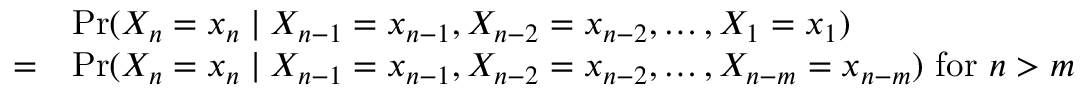
{ \begin{array} { r l } { } & { \operatorname* { P r } ( X _ { n } = x _ { n } \mid X _ { n - 1 } = x _ { n - 1 } , X _ { n - 2 } = x _ { n - 2 } , \dots , X _ { 1 } = x _ { 1 } ) } \\ { = } & { \operatorname* { P r } ( X _ { n } = x _ { n } \mid X _ { n - 1 } = x _ { n - 1 } , X _ { n - 2 } = x _ { n - 2 } , \dots , X _ { n - m } = x _ { n - m } ) { \mathrm { ~ f o r ~ } } n > m } \end{array} }